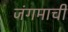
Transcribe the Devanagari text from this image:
जंगमाची